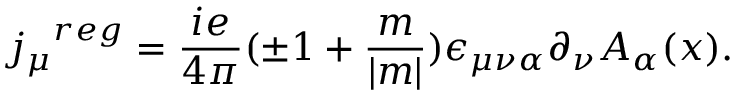
{ j _ { \mu } } ^ { r e g } = \frac { i e } { 4 \pi } ( \pm 1 + \frac { m } { | m | } ) \epsilon _ { \mu \nu \alpha } \partial _ { \nu } A _ { \alpha } ( x ) .